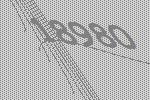
18980